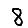
Digit: 8